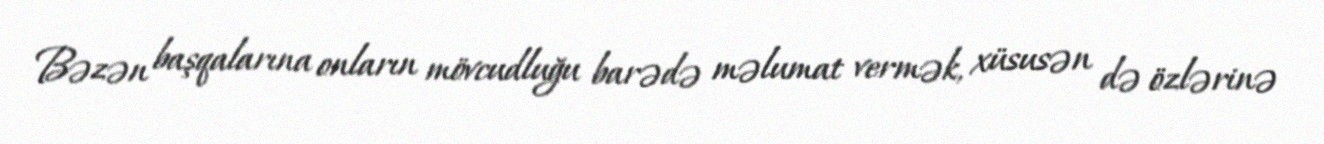
Bəzən başqalarına onların mövcudluğu barədə məlumat vermək, xüsusən də özlərinə